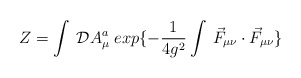
\begin{align*}Z=\int\:{\cal D} A_{\mu}^{a}\;exp\{-\frac{1}{4g^{2}}\int\:\vec{F}_{\mu\nu}\cdot\vec{F}_{\mu\nu}\}\end{align*}